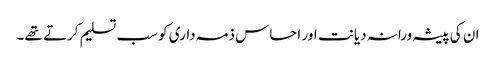
ان کی پیشہ ورانہ دیانت اور احساس ذمہ داری کو سب تسلیم کرتے تھے۔